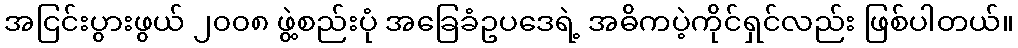
အငြင်းပွားဖွယ် ၂၀၀၈ ဖွဲ့စည်းပုံ အခြေခံဥပဒေရဲ့ အဓိကပဲ့ကိုင်ရှင်လည်း ဖြစ်ပါတယ်။